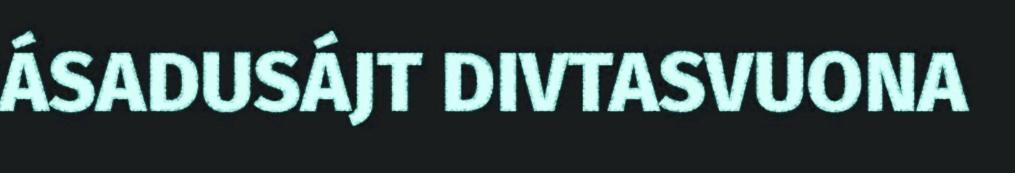
ÁSADUSÁJT DIVTASVUONA